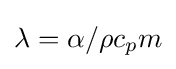
\lambda =\alpha /\rho c_{p}m